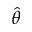
\hat { \theta }